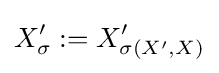
X'_{\sigma }:=X'_{\sigma (X',X)}